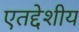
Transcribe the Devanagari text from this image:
एतद्‍देशीय